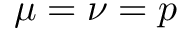
\mu = \nu = p